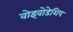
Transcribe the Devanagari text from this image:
वोइवोडेशिप